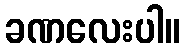
ခဏလေးပါ။